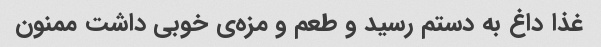
غذا داغ به دستم رسید و طعم و مزه‌ی خوبی داشت ممنون